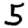
Digit: 5